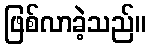
ဖြစ်လာခဲ့သည်။